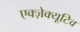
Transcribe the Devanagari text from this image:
एक्ज़ेक्यूटिव